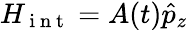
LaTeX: H_{\mathrm{~i~n~t~}}=A(t)\hat{p}_{z}